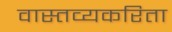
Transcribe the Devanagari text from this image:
वास्तव्यकरिता